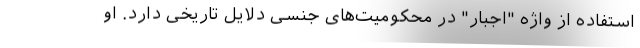
استفاده از واژه "اجبار" در محکومیت‌های جنسی دلایل تاریخی دارد. او